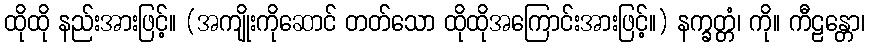
ထိုထို နည်းအားဖြင့်။ (အကျိုးကိုဆောင် တတ်သော ထိုထိုအကြောင်းအားဖြင့်။) နက္ခတ္တံ၊ ကို။ ကီဠန္တော၊